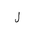
Letter: _lam